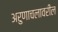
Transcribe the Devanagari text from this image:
अरुणाचलावरील